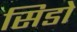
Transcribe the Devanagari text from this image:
सिडो